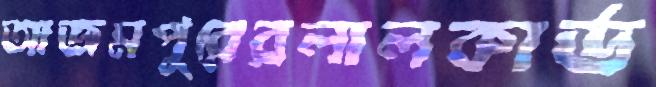
আজমপুরেরলালকার্ড